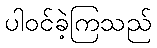
ပါဝင်ခဲ့ကြသည်